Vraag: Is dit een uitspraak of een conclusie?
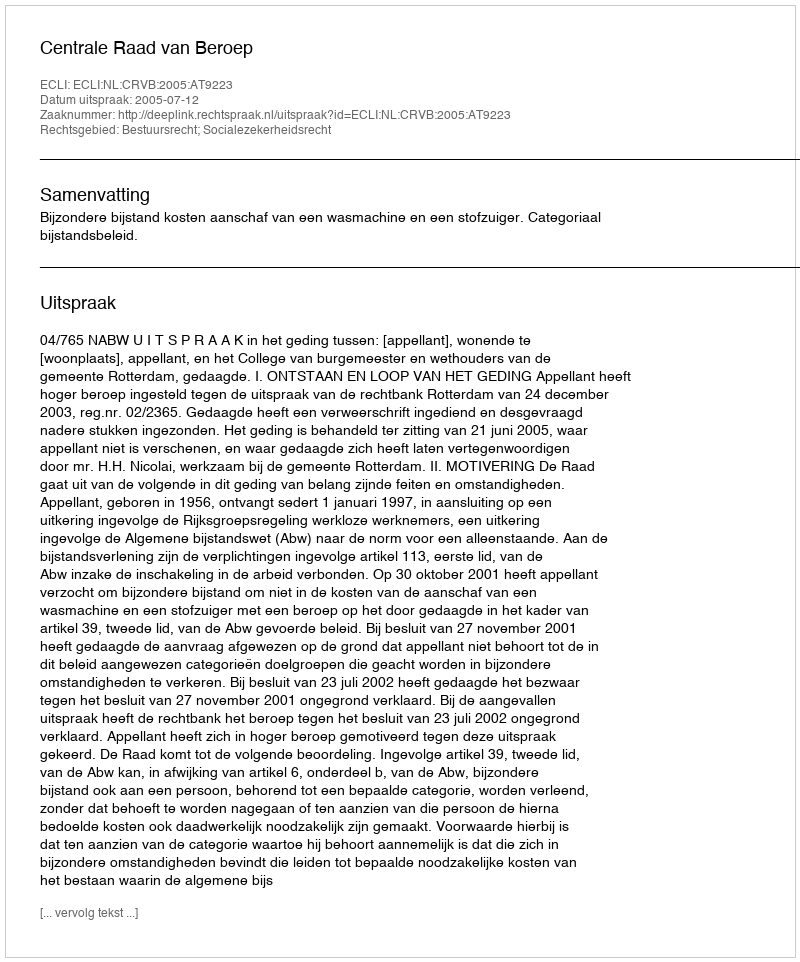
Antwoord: Uitspraak